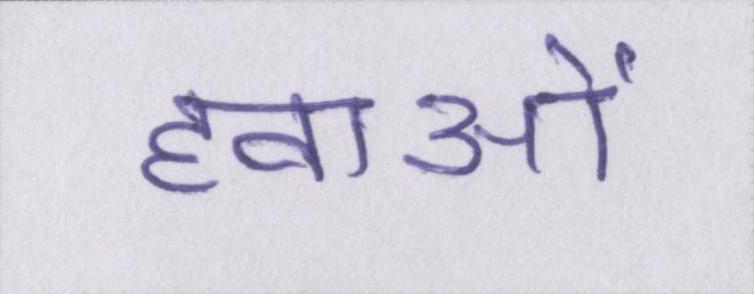
हवाओं